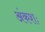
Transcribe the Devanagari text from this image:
अंकशः